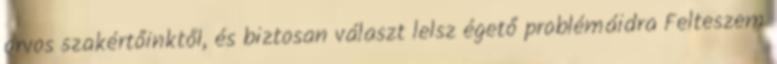
orvos szakértőinktől, és biztosan választ lelsz égető problémáidra Felteszem